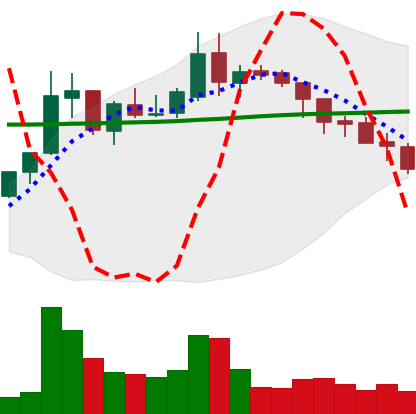
Ticker: XLM-USD
Chart end date: 2018-08-04
Forward return: -8.013%
Label: down_7plus